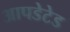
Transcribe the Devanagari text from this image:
आपडेटेड